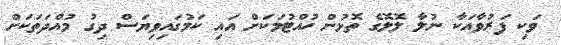
ވަކި ފަރުވާއަކާ ނުލާ ލޮލޮގެ ތޮޅުން ހުއްޓުމަކަށް އައި ކަމުގައިވިޔަސް ދިގު މުއްދަތަކަށް